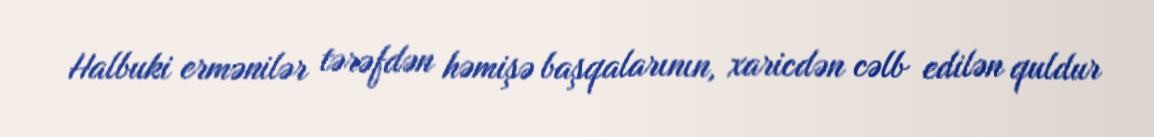
Halbuki ermənilər tərəfdən həmişə başqalarının, xaricdən cəlb edilən quldur